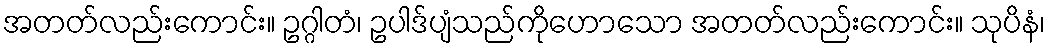
အတတ်လည်းကောင်း။ ဥဂ္ဂါတံ၊ ဥပါဒ်ပျံသည်ကိုဟောသော အတတ်လည်းကောင်း။ သုပိနံ၊